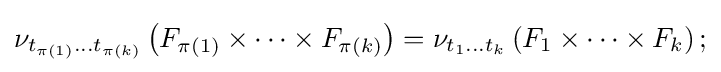
\nu _{t_{\pi (1)}\dots t_{\pi (k)}}\left(F_{\pi (1)}\times \dots \times F_{\pi (k)}\right)=\nu _{t_{1}\dots t_{k}}\left(F_{1}\times \dots \times F_{k}\right);